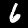
Digit: 6